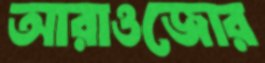
আরাওজোর